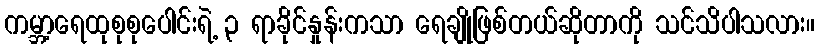
ကမ္ဘာ့ရေထုစုစုပေါင်းရဲ့ ၃ ရာခိုင်နှုန်းကသာ ရေချိုဖြစ်တယ်ဆိုတာကို သင်သိပါသလား။